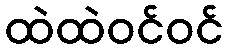
ထဲထဲဝင်ဝင်